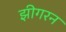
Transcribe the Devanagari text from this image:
झीगरन